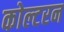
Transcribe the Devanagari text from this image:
कोल्टरन